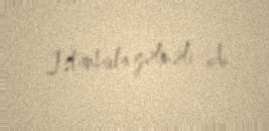
İstanbula gəlməli idi.